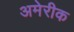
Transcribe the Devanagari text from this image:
अमेरीक